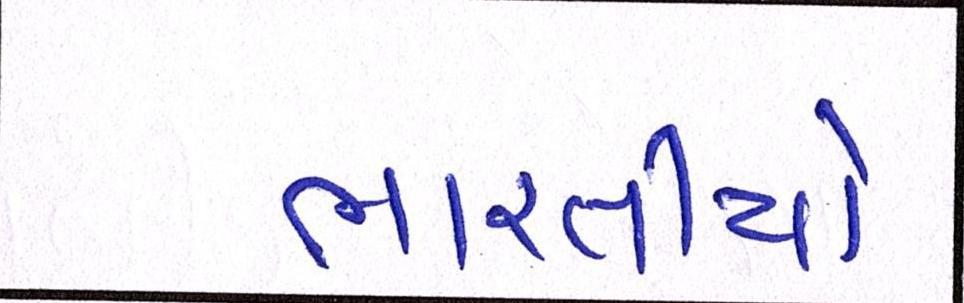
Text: ભારતીયો